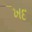
ખદ